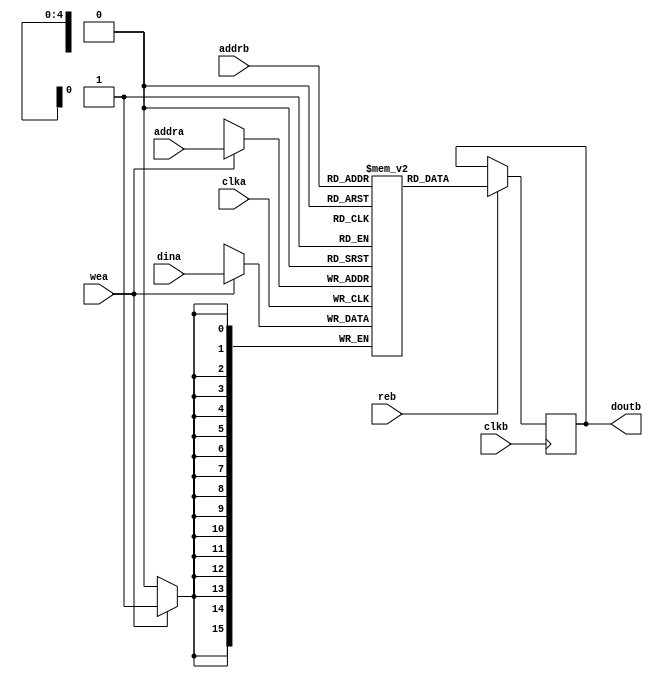
`timescale 1ns/100ps
//From ADI_Library ad_mem.v
// RAM
// wea
// reb
// PG058Figure 3-22

module dpram #(

  parameter  DATA_WIDTH = 16,
  parameter  ADDRESS_WIDTH = 5
  ) (

  input                               clka,
  input                               wea,
  input       [(ADDRESS_WIDTH-1):0]   addra,
  input       [(DATA_WIDTH-1):0]      dina,

  input                               clkb,
  input                               reb,
  input       [(ADDRESS_WIDTH-1):0]   addrb,
  output  reg [(DATA_WIDTH-1):0]      doutb);

  (* ram_style = "block" *)
  reg         [(DATA_WIDTH-1):0]      m_ram[0:((2**ADDRESS_WIDTH)-1)];

  always @(posedge clka) begin
    if (wea == 1'b1) begin
      m_ram[addra] <= dina;
    end
  end


  always @(posedge clkb) begin
    if (reb == 1'b1) begin
      doutb <= m_ram[addrb];
    end
  end

  



endmodule

// ***************************************************************************
// ***************************************************************************